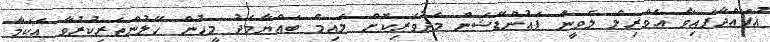
އުފައްދާފައިވާ އެވްރިލް ލެވީން ފައުންޑޭޝަން މެދުވެރިކޮށް ލައިމް ބައްޔާމެދު މީހުން ހޭލުންތެރިކުރުވާ އެކަމާ